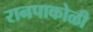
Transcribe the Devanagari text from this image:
रानपाकोळी